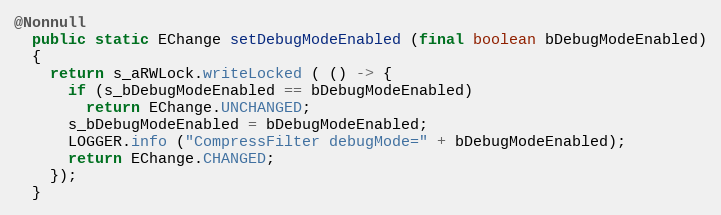
Language: Java
@Nonnull
  public static EChange setDebugModeEnabled (final boolean bDebugModeEnabled)
  {
    return s_aRWLock.writeLocked ( () -> {
      if (s_bDebugModeEnabled == bDebugModeEnabled)
        return EChange.UNCHANGED;
      s_bDebugModeEnabled = bDebugModeEnabled;
      LOGGER.info ("CompressFilter debugMode=" + bDebugModeEnabled);
      return EChange.CHANGED;
    });
  }